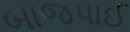
બાજપાઈ